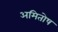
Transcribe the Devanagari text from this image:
अमितोष